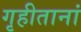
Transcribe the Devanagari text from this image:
गृहीतानां